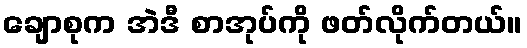
ချောစုက အဲဒီ စာအုပ်ကို ဖတ်လိုက်တယ်။